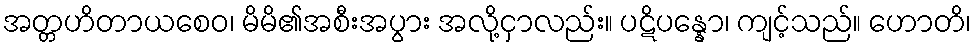
အတ္တဟိတာယစေဝ၊ မိမိ၏အစီးအပွား အလို့ငှာလည်း။ ပဋိပန္နော၊ ကျင့်သည်။ ဟောတိ၊